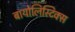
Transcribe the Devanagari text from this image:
बायोलिस्टिक्स